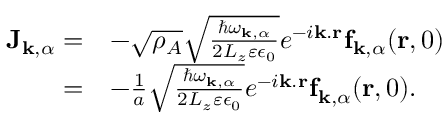
\begin{array} { r l } { \mathbf { J } _ { \mathbf { k } , \alpha } = } & { - \sqrt { \rho _ { A } } \sqrt { \frac { \hbar \omega _ { \mathbf { k } , \alpha } } { 2 L _ { z } \varepsilon \epsilon _ { 0 } } } e ^ { - i \mathbf { k } . \mathbf { r } } \mathbf { f } _ { \mathbf { k } , \alpha } ( \mathbf { r } , 0 ) } \\ { = } & { - \frac { 1 } { a } \sqrt { \frac { \hbar \omega _ { \mathbf { k } , \alpha } } { 2 L _ { z } \varepsilon \epsilon _ { 0 } } } e ^ { - i \mathbf { k } . \mathbf { r } } \mathbf { f } _ { \mathbf { k } , \alpha } ( \mathbf { r } , 0 ) . } \end{array}